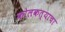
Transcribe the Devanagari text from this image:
कोलकत्याचा